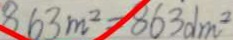
8 . 6 3 m ^ { 2 } = 8 6 3 d m ^ { 2 }